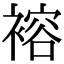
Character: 褣